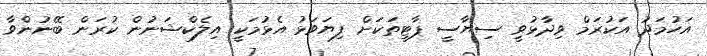
އަހުމަދު އަކުރަމް ވިދާޅުވީ ސިޔާސީ ޕާޓީތަކަށް ފިޔަވަޅު އެޅުމަކީ އިލެކްޝަނުން ކުރަން ބޭނުންވާ